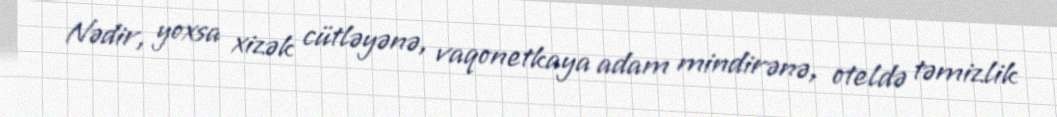
Nədir, yoxsa xizək cütləyənə, vaqonetkaya adam mindirənə, oteldə təmizlik